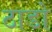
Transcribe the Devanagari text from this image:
ठाडो